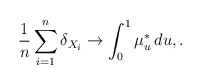
\begin{align*}\frac{1}{n}\sum_{i=1}^n\delta_{X_i} \to \int_0^1\mu^*_u \,du, . \end{align*}